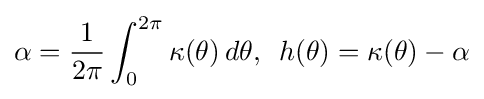
\displaystyle \alpha ={1 \over 2\pi }\int _{0}^{2\pi }\kappa (\theta )\,d\theta ,\,\,\,h(\theta )=\kappa (\theta )-\alpha